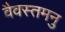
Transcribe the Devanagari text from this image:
वैवस्तमनु